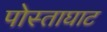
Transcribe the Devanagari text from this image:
पोस्ताघाट